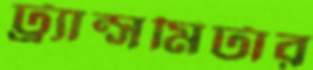
ট্র্যান্সমিটার